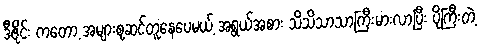
ဒီဇိုင်း ကတော့ အများစုဆင်တူနေပေမယ့် အရွယ်အစား သိသိသာသာကြီးမားလာပြီး ပိုကြီးတဲ့